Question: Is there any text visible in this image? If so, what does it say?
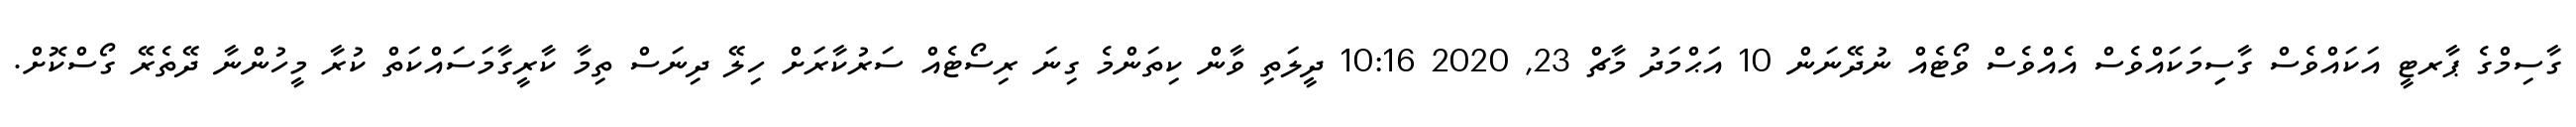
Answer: ގާސިމްގެ ޕާރޓީ އަކައްވެސް ގާސިިމަކައްވެސް އެއްވެސް ވޯޓެއް ނުދޭނަން 10 އަޙްމަދު މާޗް 23, 2020 10:16 ދީލަތި ވާން ކިތަންމެ ގިނަ ރިސޯޓެއް ސަރުކާރަށް ހިލޭ ދިނަސް ތިމާ ކާރީގާމަސައްކަތް ކުރާ މީހުންނާ ދޭތެރޭ ގޯސްކޮށް.